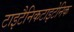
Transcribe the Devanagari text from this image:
टाइटैनिकटाइटेनिक